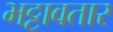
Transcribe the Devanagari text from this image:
भट्टावतार